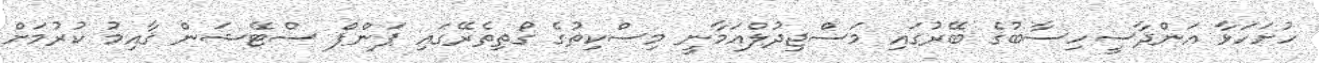
ހުށަހަޅާ އަންދާސީހިސާބުގެ ބޭރުގައި މަސްޖިދުލްއަމާނީ މިސްކިތުގެ ގޯތިތެރޭގައި ޕަންޕް ސްޓޭޝަން ޤާއިމު ކުރުމަށް